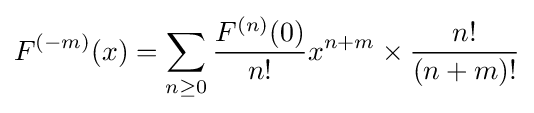
F^{(-m)}(x)=\sum _{n\geq 0}{\frac {F^{(n)}(0)}{n!}}x^{n+m}\times {\frac {n!}{(n+m)!}}